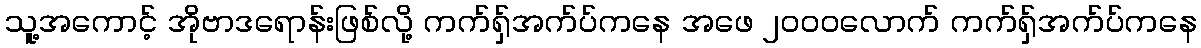
သူ့အကောင့် အိုဗာဒရောန်းဖြစ်လို့ ကက်ရှ်အက်ပ်ကနေ အဖေ ၂၀၀၀လောက် ကက်ရှ်အက်ပ်ကနေ